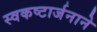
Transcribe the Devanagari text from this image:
स्वकष्टार्जनाने